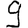
Digit: 9